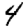
Digit: 4